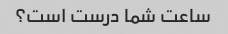
ساعت شما درست است؟